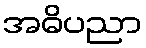
အဓိပညာ